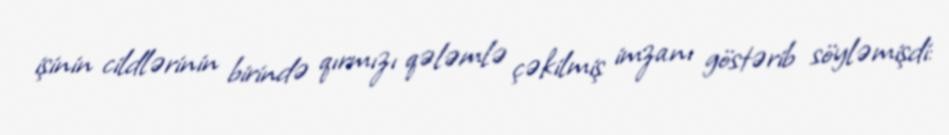
işinin cildlərinin birində qırmızı qələmlə çəkilmiş imzanı göstərib söyləmişdi: